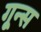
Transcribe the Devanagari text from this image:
गून्स